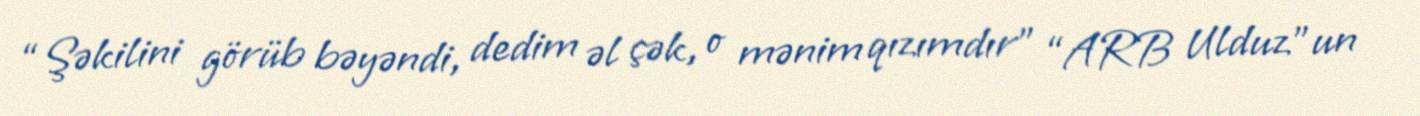
“Şəkilini görüb bəyəndi, dedim əl çək, o mənim qızımdır” “ARB Ulduz”un